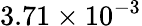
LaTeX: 3.71\times 10^{-3}